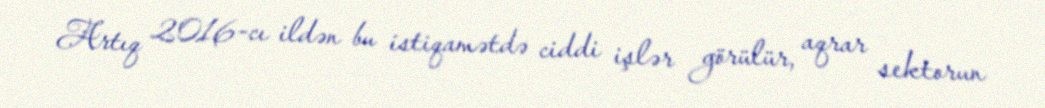
Artıq 2016-cı ildən bu istiqamətdə ciddi işlər görülür, aqrar sektorun